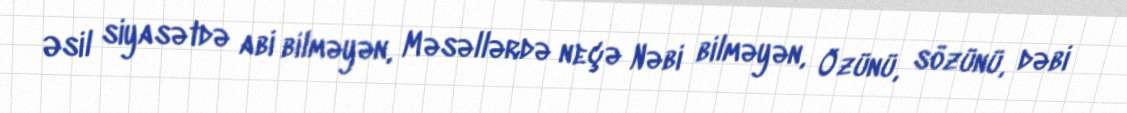
Əsil siyasətdə abi bilməyən, Məsəllərdə neçə Nəbi bilməyən, Özünü, sözünü, dəbi